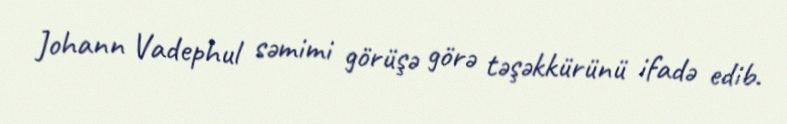
Johann Vadephul səmimi görüşə görə təşəkkürünü ifadə edib.